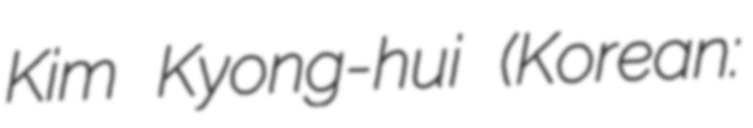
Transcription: Kim Kyong-hui (Korean: